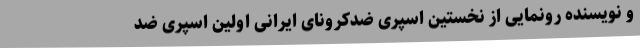
و نویسنده رونمایی از نخستین اسپری ضدکرونای ایرانی اولین اسپری ضد